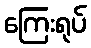
ကြေးရုပ်